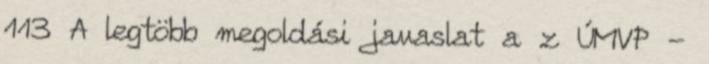
113 A legtöbb megoldási javaslat a z ÚMVP -